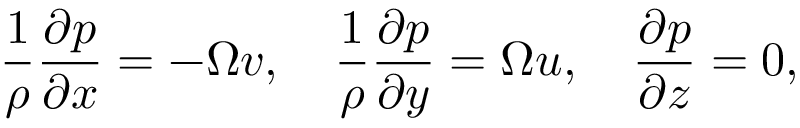
\frac { 1 } { \rho } \frac { \partial p } { \partial x } = - \Omega v , \quad \frac { 1 } { \rho } \frac { \partial p } { \partial y } = \Omega u , \quad \frac { \partial p } { \partial z } = 0 ,